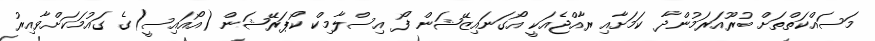
މަސައްކަތްތަށް ބުރޫއަރަމުންދާ ކަމަށާއި ރާއްޖެއަކީ އޯގަނައިޒޭޝަން ފޯ އިސްލާމިކް ކޯޕަރޭޝަން (އޯއައިސީ)ގެ ގައުމަކަށްވާއިރު